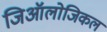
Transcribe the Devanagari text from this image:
जिऑलोजिकल